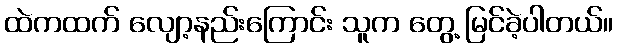
ထဲကထက် လျော့နည်းကြောင်း သူက တွေ့ မြင်ခဲ့ပါတယ်။